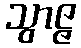
သွာဇ္ဇ